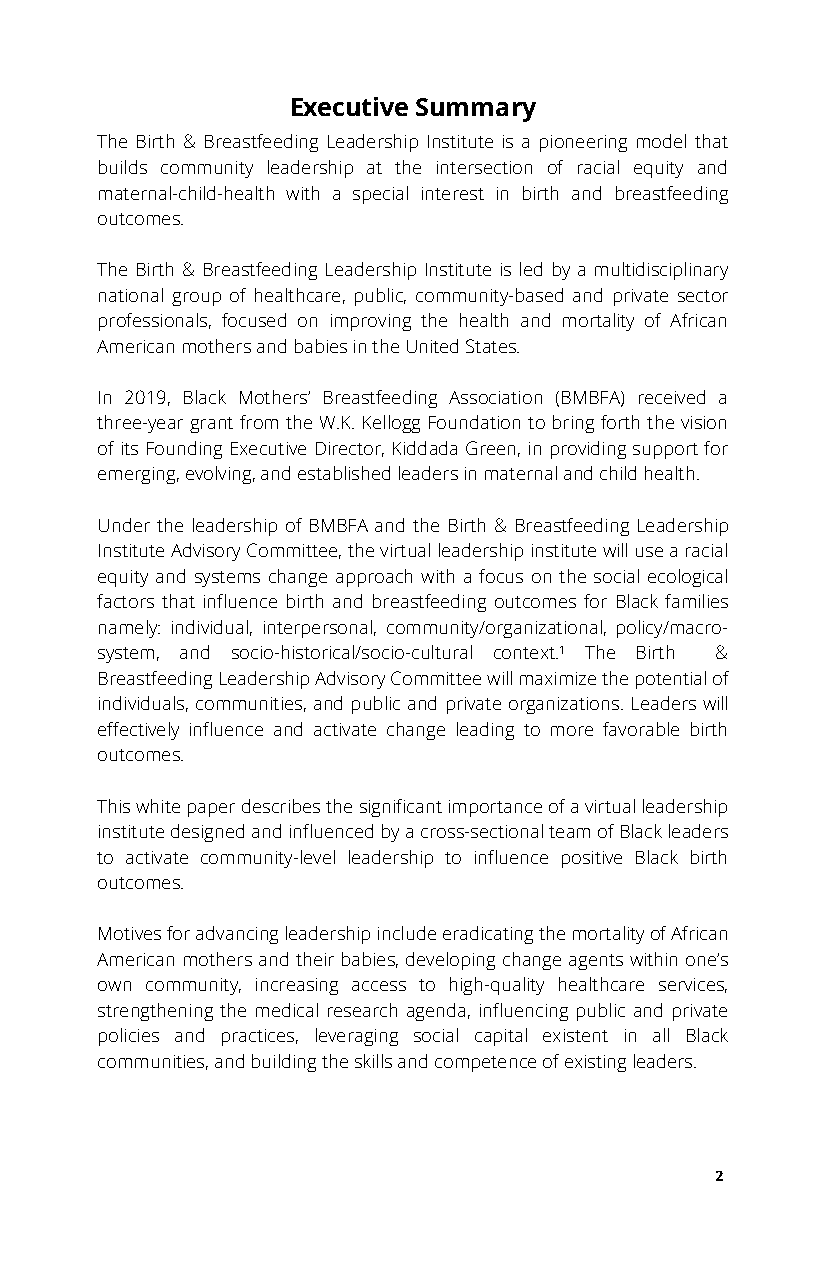
Executive Summary
 The Birth & Breastfeeding Leadership Institute is a pioneering model that
 builds community leadership at the intersection of racial equity and
 maternal-child-health with a special interest in birth and breastfeeding
 outcomes.
 The Birth & Breastfeeding Leadership Institute is led by a multidisciplinary
 national group of healthcare, public, community-based and private sector
 professionals, focused on improving the health and mortality of African
 American mothers and babies in the United States.
 In 2019, Black Mothers’ Breastfeeding Association (BMBFA) received a
 three-year grant from the W.K. Kellogg Foundation to bring forth the vision
 of its Founding Executive Director, Kiddada Green, in providing support for
 emerging, evolving, and established leaders in maternal and child health.
 Under the leadership of BMBFA and the Birth & Breastfeeding Leadership
 Institute Advisory Committee, the virtual leadership institute will use a racial
 equity and systems change approach with a focus on the social ecological
 factors that influence birth and breastfeeding outcomes for Black families
 namely: individual, interpersonal, community/organizational, policy/macro-
 system, and socio-historical/socio-cultural context.¹ The Birth &
 Breastfeeding Leadership Advisory Committee will maximize the potential of
 individuals, communities, and public and private organizations. Leaders will
 effectively influence and activate change leading to more favorable birth
 outcomes.
 This white paper describes the significant importance of a virtual leadership
 institute designed and influenced by a cross-sectional team of Black leaders
 to activate community-level leadership to influence positive Black birth
 outcomes.
 Motives for advancing leadership include eradicating the mortality of African
 American mothers and their babies, developing change agents within one’s
 own community, increasing access to high-quality healthcare services,
 strengthening the medical research agenda, influencing public and private
 policies and practices, leveraging social capital existent in all Black
 communities, and building the skills and competence of existing leaders.
 2